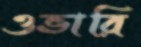
ওভারি